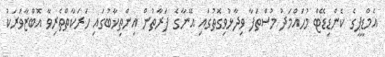
އެމްޑީޕީގެ ކެންޑިޑޭޓް މުހައްމަދު މުސްތަފާ ވިދާޅުވިގޮތުގައި އޭނާގެ ފަރާތުން އިންތިޚާބުގައި ހަރަކާތްތެރިވާ އޮޮބްޒާވަރަކު